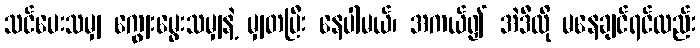
သင်ပေးသမျှ ကျွေးမွေးသမျှနဲ့ မျှတပြီး နေပါမယ်၊ အကယ်၍ အဲဒီလို မနေချင်ရင်လည်း